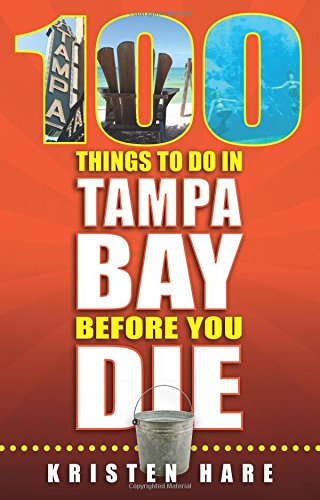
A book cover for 100 Things to Do in Tampa Bay Before You Die (100 Things to Do In... Before You Die); Kristen Hare; Travel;